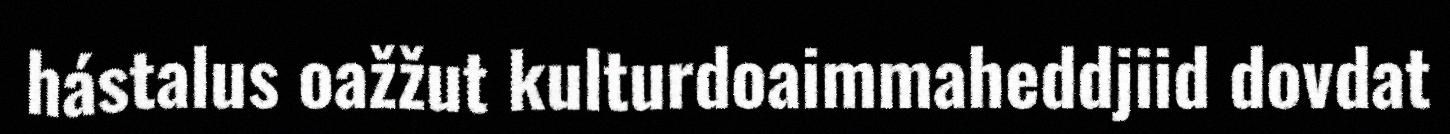
hástalus oažžut kulturdoaimmaheddjiid dovdat